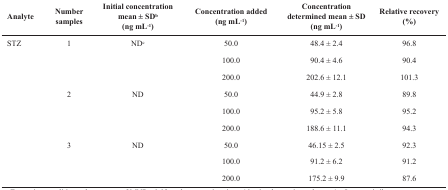
| Analyte | Number samples | Initial concentrationmean ± SDb(ng mL-1) | Concentration added (ng mL-1) | Concentration determined mean ± SD (ng mL-1) | Relative recovery(%) |
 | --- | --- | --- | --- | --- | --- |
 | STZ | 1 | NDc | 50.0 | 48.4 ± 2.4 | 96.8 |
 |  |  |  | 100.0 | 90.4 ± 4.6 | 90.4 |
 |  |  |  | 200.0 | 202.6 ± 12.1 | 101.3 |
 |  | 2 | ND | 50.0 | 44.9 ± 2.8 | 89.8 |
 |  |  |  | 100.0 | 95.2 ± 5.8 | 95.2 |
 |  |  |  | 200.0 | 188.6 ± 11.1 | 94.3 |
 |  | 3 | ND | 50.0 | 46.15 ± 2.5 | 92.3 |
 |  |  |  | 100.0 | 91.2 ± 6.2 | 91.2 |
 |  |  |  | 200.0 | 175.2 ± 9.9 | 87.6 |